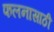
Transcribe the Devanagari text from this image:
फलनासाठी